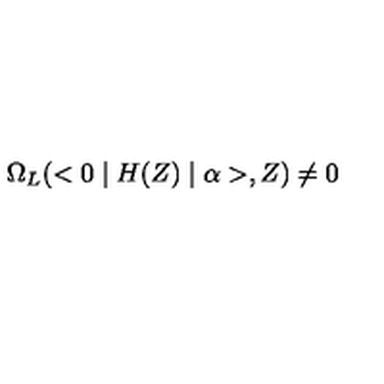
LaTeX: \Omega _ { L } ( < 0 \mid H ( Z ) \mid \alpha > , Z ) \neq 0